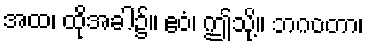
အထ၊ ထိုအခါ၌။ ဧဝံ၊ ဤသို့။ ဘဂဝတာ၊